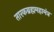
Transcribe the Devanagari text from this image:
तारकब्रह्ममहामंत्र